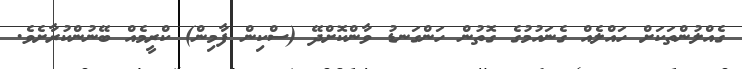
ގެއްލުންތަކަށް ހައްލެއް ގެނައުމުގެ ގޮތުން ހަންގަނޑު ވާންކޮށްދޭ (ސްކިން ފާމިން) ކްރީމެއް ބޭނުންކުރާށެވެ.